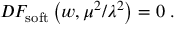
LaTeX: { \cal D } F _ { \mathrm { s o f t } } \left( w , \mu ^ { 2 } / \lambda ^ { 2 } \right) = 0 \; .